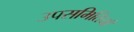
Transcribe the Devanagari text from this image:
उपसमितियाँ